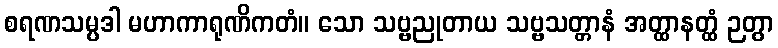
စရဏသမ္ပဒါ မဟာကာရုဏိကတံ။ သော သဗ္ဗညုတာယ သဗ္ဗသတ္တာနံ အတ္ထာနတ္ထံ ဉတွာ